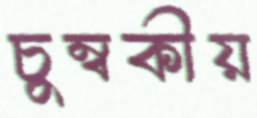
চুম্বকীয়